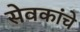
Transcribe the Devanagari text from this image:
सेवकांचे